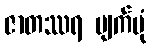
ဇာတဿရ ပျက်ပုံ